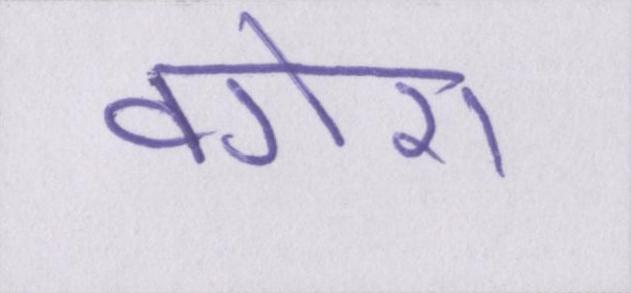
वगेरा